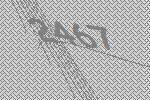
2467